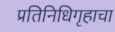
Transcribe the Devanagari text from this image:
प्रतिनिधिगृहाचा